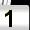
Digit: 1